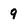
Character: 9